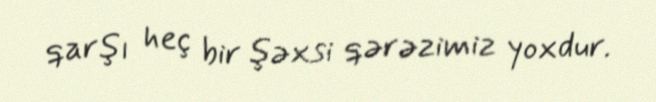
qarşı heç bir şəxsi qərəzimiz yoxdur.